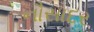
નૌસાદર